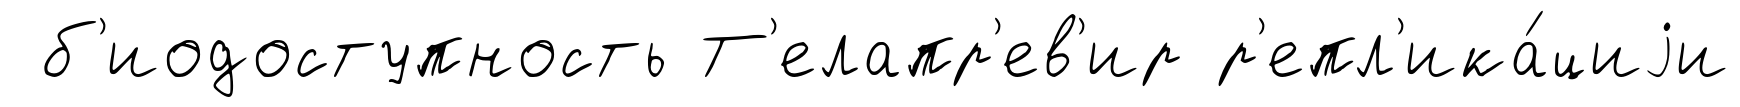
б'иодоступность Т'елапр'ев'ир р'епл'ика́циjи